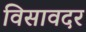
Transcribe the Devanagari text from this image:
विसावदर